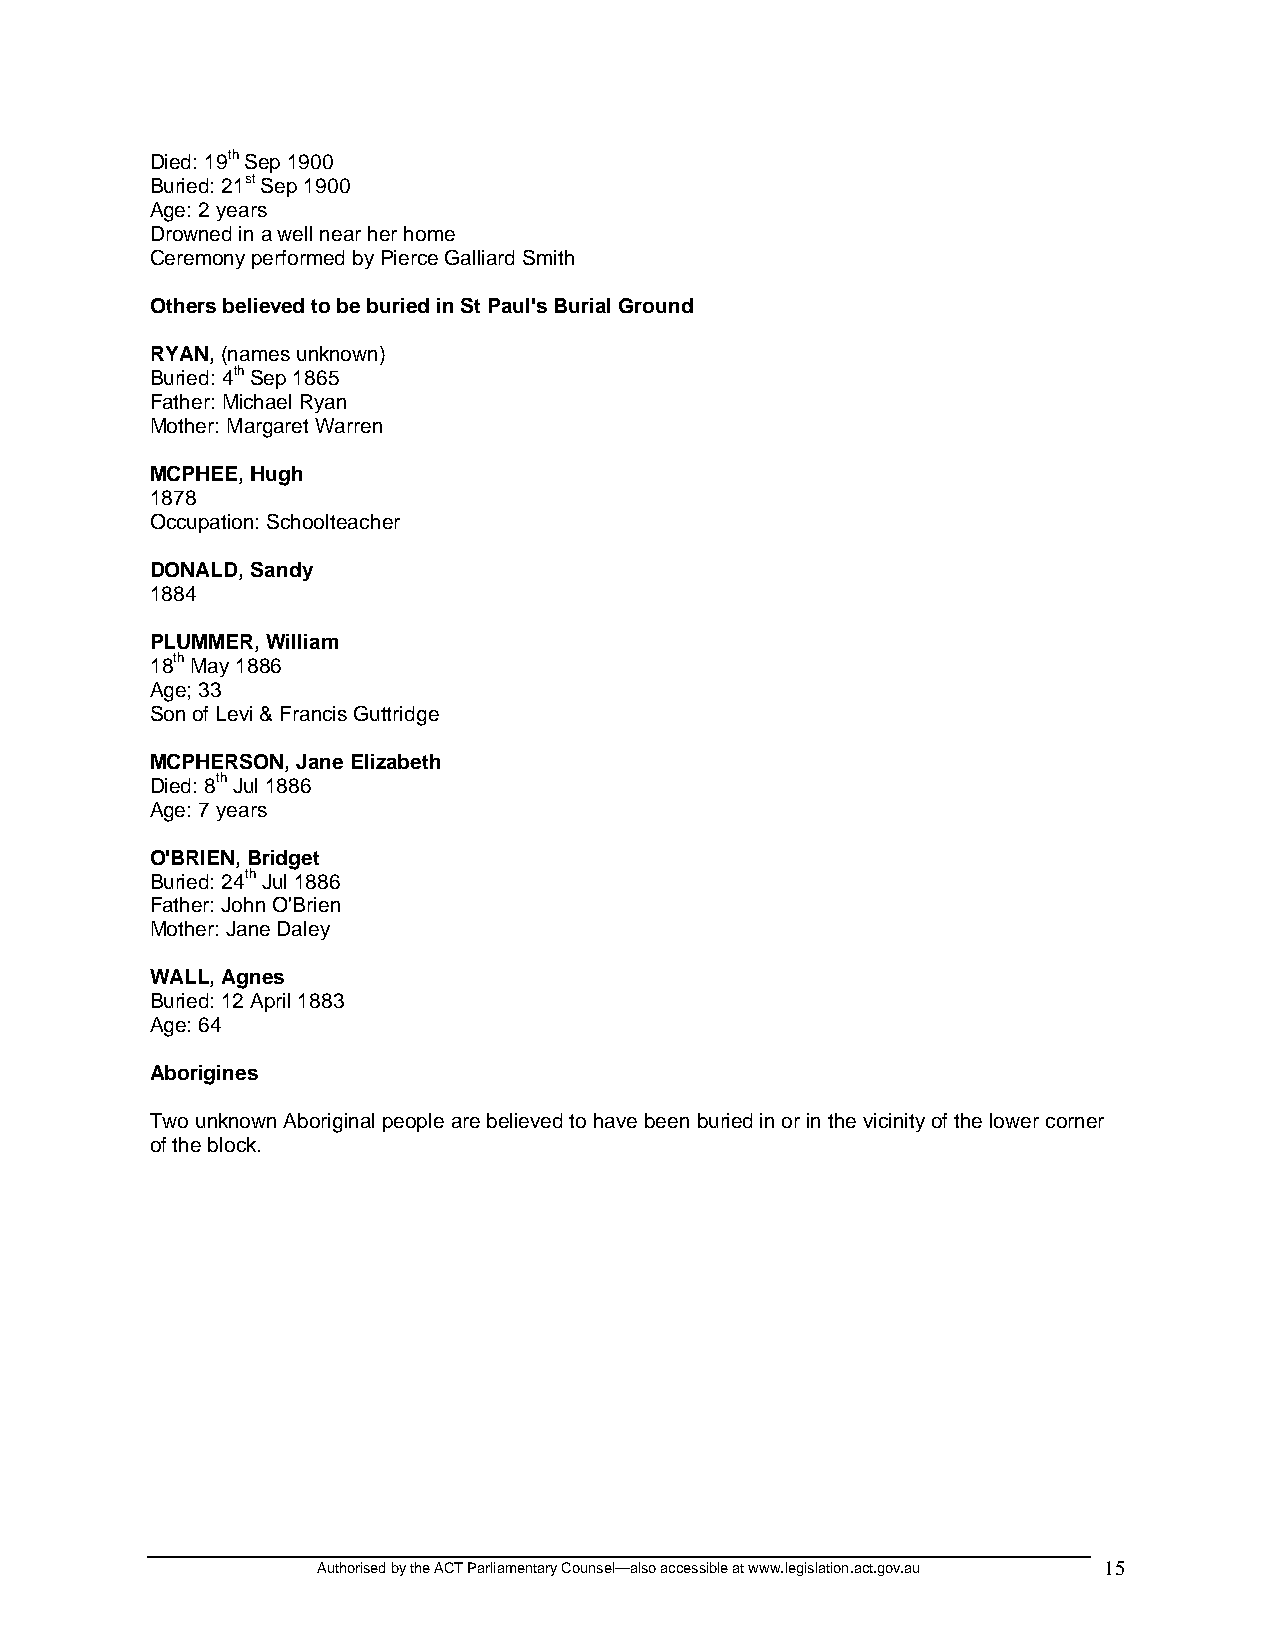
Died: 19th Sep 1900
 Buried: 21st Sep 1900
 Age: 2 years
 Drowned in a well near her home
 Ceremony performed by Pierce Galliard Smith
 Others believed to be buried in St Paul's Burial Ground
 RYAN, (names unknown)
 Buried: 4th Sep 1865
 Father: Michael Ryan
 Mother: Margaret Warren
 MCPHEE, Hugh
 1878
 Occupation: Schoolteacher
 DONALD, Sandy
 1884
 PLUMMER, William
 18th May 1886
 Age; 33
 Son of Levi & Francis Guttridge
 MCPHERSON, Jane Elizabeth
 Died: 8th Jul 1886
 Age: 7 years
 O'BRIEN, Bridget
 Buried: 24th Jul 1886
 Father: John O'Brien
 Mother: Jane Daley
 WALL, Agnes
 Buried: 12 April 1883
 Age: 64
 Aborigines
 Two unknown Aboriginal people are believed to have been buried in or in the vicinity of the lower corner
 of the block.
 Authorised by the ACT Parliamentary Counsel—also accessible at www.legislation.act.gov.au 15